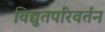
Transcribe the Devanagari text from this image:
विद्युतपरिवर्तन